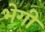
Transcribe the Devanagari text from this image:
भेगी